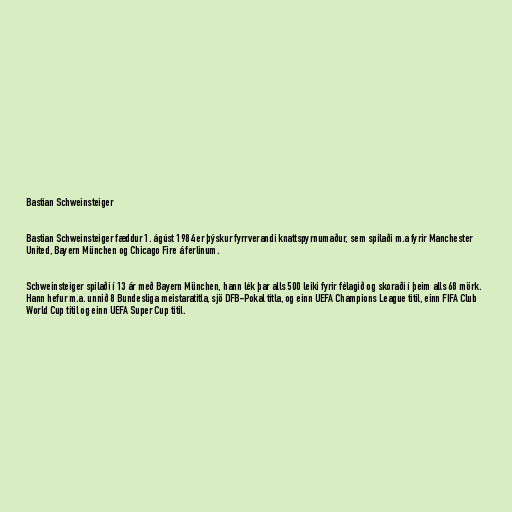
Bastian Schweinsteiger

Bastian Schweinsteiger fæddur 1. ágúst 1984 er þýskur fyrrverandi knattspyrnumaður, sem spilaði m.a fyrir Manchester
United, Bayern München og Chicago Fire á ferlinum.

Schweinsteiger spilaði í 13 ár með Bayern München, hann lék þar alls 500 leiki fyrir félagið og skoraði í þeim alls 68 mörk.
Hann hefur m.a. unnið 8 Bundesliga meistaratitla, sjö DFB-Pokal titla, og einn UEFA Champions League titil, einn FIFA Club
World Cup titil og einn UEFA Super Cup titil.